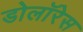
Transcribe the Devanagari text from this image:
डोलॉरेस